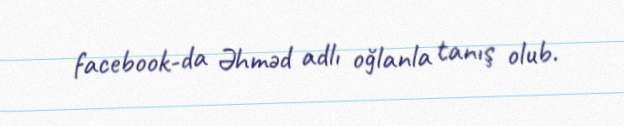
facebook-da Əhməd adlı oğlanla tanış olub.